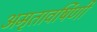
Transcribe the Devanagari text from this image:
अमृतावर्षिणी